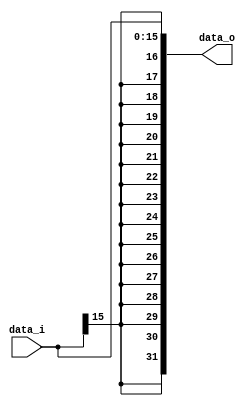
module Signed_Extend(
    data_i,
    data_o
);
input [15:0] data_i;
output reg [31:0] data_o;
	 
always @(*)
begin
	data_o[15:0]  = data_i[15:0];
	data_o[31:16] = {16{data_i[15]}};
end
endmodule